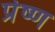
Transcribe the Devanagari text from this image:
प्रेष्ण